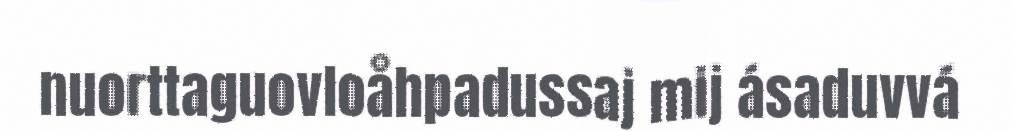
nuorttaguovloåhpadussaj mij ásaduvvá